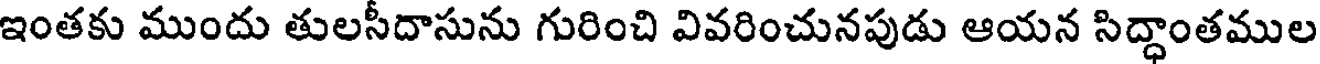
ఇంతకు ముందు తులసీదాసును గురించి వివరించునపుడు ఆయన సిద్ధాంతముల